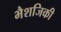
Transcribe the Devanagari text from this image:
भैशजिकी